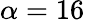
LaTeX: \alpha=16